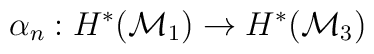
\alpha_n : H^*({\cal M}_{1}) \to H^*({\cal M}_{3})